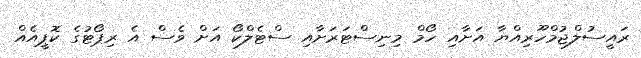
ރައީސުލްޖުމްހޫރިއްޔާ އަށާއި ހޯމް މިނިސްޓަރަށާއި ސްޓެލްކޯ އަށް ވެސް އެ ރިޕޯޓުގެ ކޮޕީއެއް